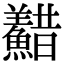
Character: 𩼫